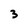
Character: 3